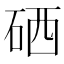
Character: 硒